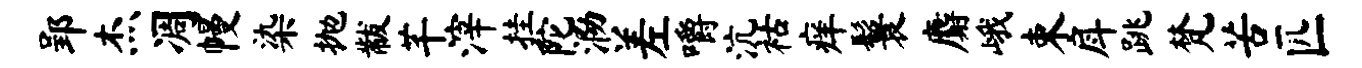
郢杰凋幔染抛黻芊滓挂陀泐差嚼沆祜痒鬟麝峨束戽跳梵苦匹